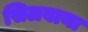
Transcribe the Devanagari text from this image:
सिलवाया